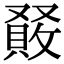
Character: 𠮆